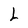
Character: L